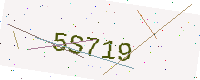
Text: 5S719